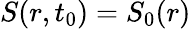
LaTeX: S(r,t_{0})=S_{0}(r)